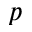
p